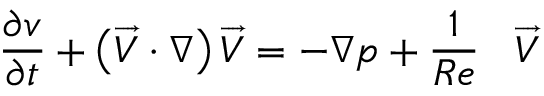
\frac { \partial v } { \partial t } + \left( \overrightarrow { V } \cdot \nabla \right) \overrightarrow { V } = - \nabla p + \frac { 1 } { R e } \vartriangle \overrightarrow { V }